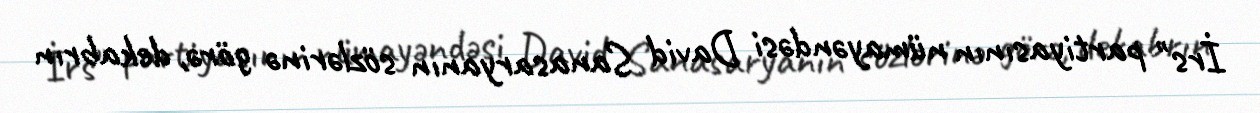
İrs" partiyasının nümayəndəsi David Sanasaryanın sözlərinə görə, dekabrın